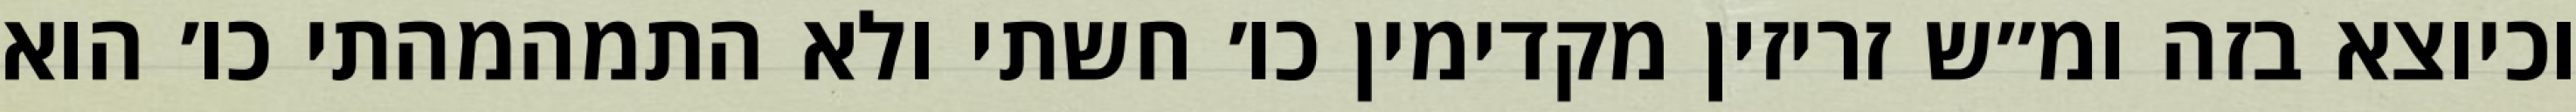
וכיוצא בזה ומ״ש זריזין מקדימין כו׳ חשתי ולא התמהמהתי כו׳ הוא